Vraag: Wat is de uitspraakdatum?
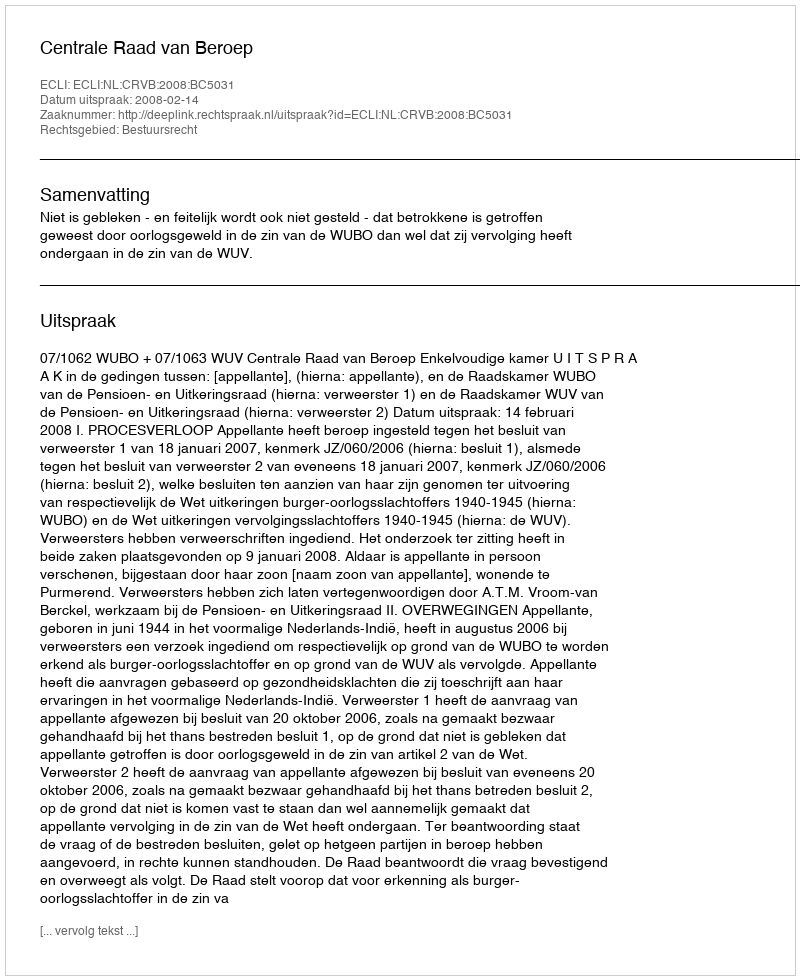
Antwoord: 2008-02-14